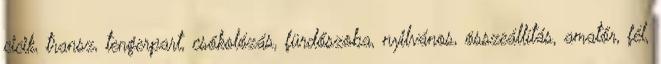
cicik, transz, tengerpart, csókolózás, fürdőszoba, nyilvános, összeállítás, amatőr, fél,